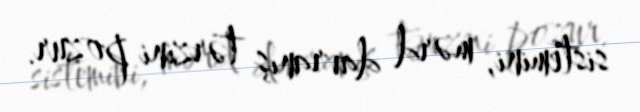
sistemini, mərd davranış tərzini pozur.